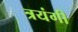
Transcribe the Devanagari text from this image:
त्रयंगी